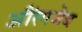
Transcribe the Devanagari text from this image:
औंरगजेब